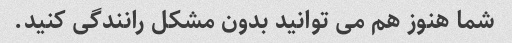
شما هنوز هم می توانید بدون مشکل رانندگی کنید.